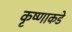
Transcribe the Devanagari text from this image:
कृष्णाकडे